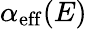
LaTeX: \alpha_{\mathrm{eff}}(E)